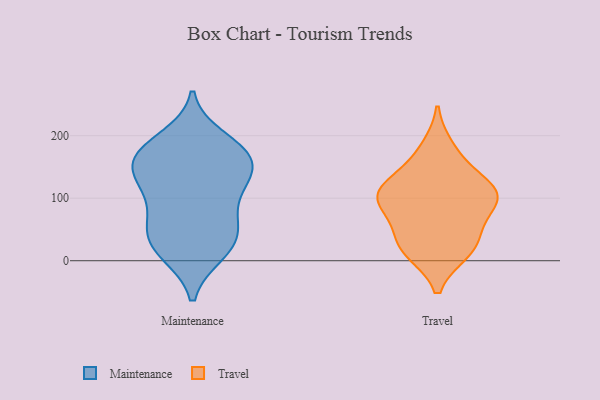
{"axis": {"x": "Demand Index", "y": "Value"}, "legend": ["Maintenance", "Travel"], "data": [{"x": "", "y": 195, "type": "Maintenance"}, {"x": "", "y": 168, "type": "Maintenance"}, {"x": "", "y": 123, "type": "Maintenance"}, {"x": "", "y": 12, "type": "Maintenance"}, {"x": "", "y": 12, "type": "Maintenance"}, {"x": "", "y": 122, "type": "Maintenance"}, {"x": "", "y": 172, "type": "Maintenance"}, {"x": "", "y": 55, "type": "Maintenance"}, {"x": "", "y": 120, "type": "Maintenance"}, {"x": "", "y": 170, "type": "Maintenance"}, {"x": "", "y": 175, "type": "Maintenance"}, {"x": "", "y": 137, "type": "Maintenance"}, {"x": "", "y": 32, "type": "Maintenance"}, {"x": "", "y": 156, "type": "Maintenance"}, {"x": "", "y": 76, "type": "Maintenance"}, {"x": "", "y": 33, "type": "Maintenance"}, {"x": "", "y": 62, "type": "Maintenance"}, {"x": "", "y": 15, "type": "Travel"}, {"x": "", "y": 107, "type": "Travel"}, {"x": "", "y": 105, "type": "Travel"}, {"x": "", "y": 153, "type": "Travel"}, {"x": "", "y": 25, "type": "Travel"}, {"x": "", "y": 119, "type": "Travel"}, {"x": "", "y": 100, "type": "Travel"}, {"x": "", "y": 44, "type": "Travel"}, {"x": "", "y": 94, "type": "Travel"}, {"x": "", "y": 65, "type": "Travel"}, {"x": "", "y": 109, "type": "Travel"}, {"x": "", "y": 181, "type": "Travel"}, {"x": "", "y": 14, "type": "Travel"}]}